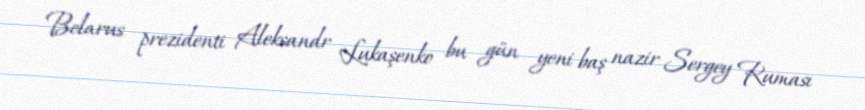
Belarus prezidenti Aleksandr Lukaşenko bu gün yeni baş nazir Sergey Ruması